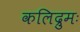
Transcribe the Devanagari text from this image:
कलिद्रुमः